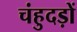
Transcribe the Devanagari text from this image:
चंहुदड़ों